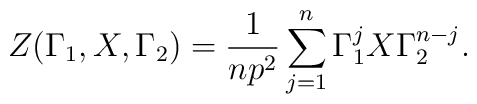
Z(\Gamma _{1},X,\Gamma _{2})=\frac{1}{np^{2}}\sum_{j=1}^{n}\Gamma_{1}^{j}X\Gamma _{2}^{n-j}.